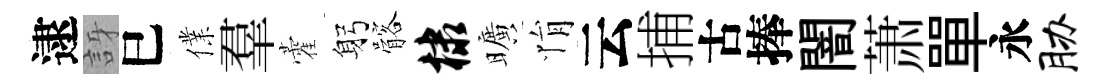
逮訝巳㒒羣藿躬髂棣曠悁云捕古捧闇萧單永胁